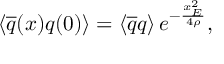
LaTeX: \left\langle \overline { { { q } } } ( x ) q ( 0 ) \right\rangle = \left\langle \overline { { { q } } } q \right\rangle e ^ { - \frac { x _ { E } ^ { 2 } } { 4 \rho } } ,